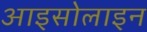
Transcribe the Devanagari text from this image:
आइसोलाइन